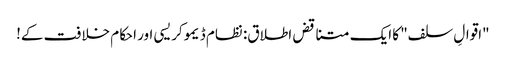
"اقوالِ سلف" کا ایک متناقض اطلاق: نظام ڈیموکریسی اور احکام خلافت کے!